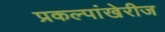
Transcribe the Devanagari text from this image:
प्रकल्पांखेरीज